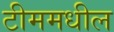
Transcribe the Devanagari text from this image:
टीममधील